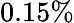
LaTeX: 0.15\%